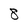
Character: 8